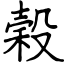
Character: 榖